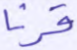
قرنا